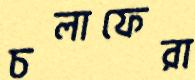
চলাফেরা